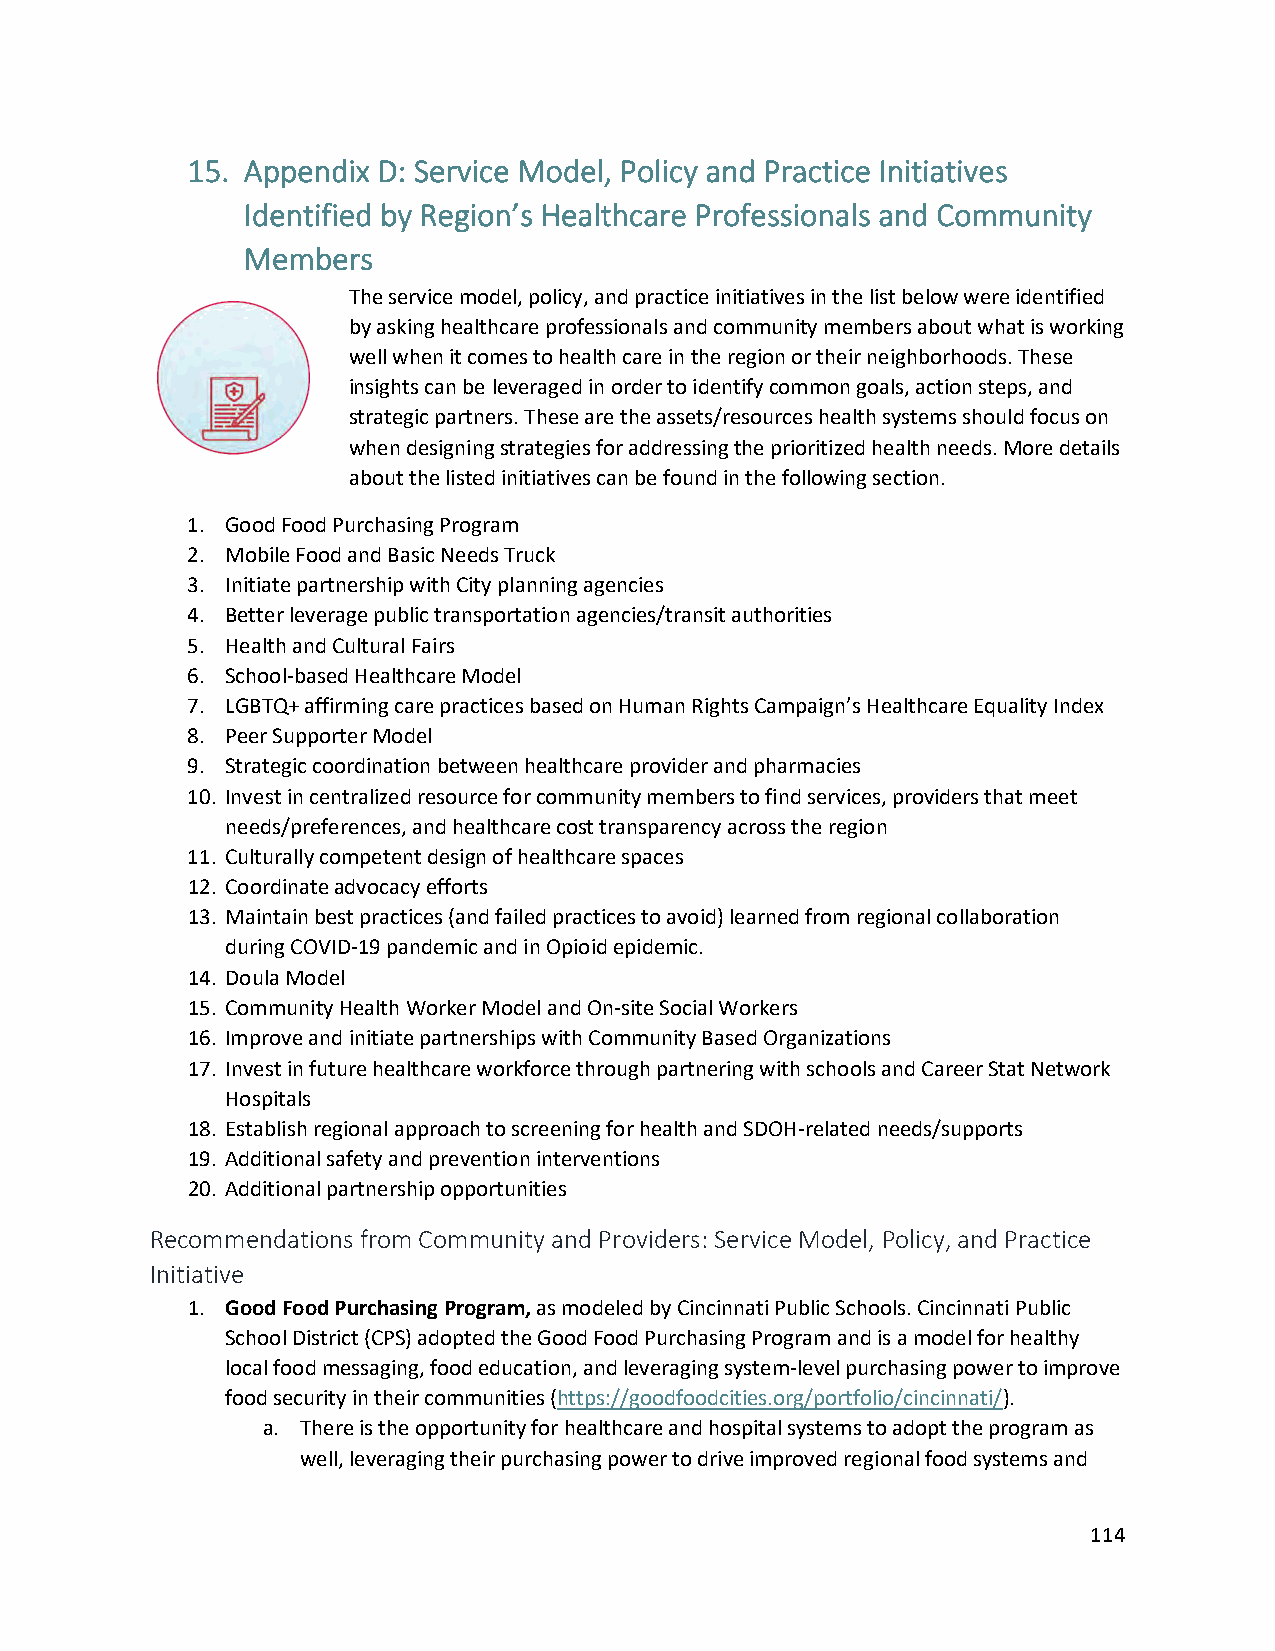
15. Appendix D: Service Model, Policy and Practice Initiatives
 Identified by Region’s Healthcare Professionals and Community
 Members
 The service model, policy, and practice initiatives in the list below were identified
 by asking healthcare professionals and community members about what is working
 well when it comes to health care in the region or their neighborhoods. These
 insights can be leveraged in order to identify common goals, action steps, and
 strategic partners. These are the assets/resources health systems should focus on
 when designing strategies for addressing the prioritized health needs. More details
 about the listed initiatives can be found in the following section.
 1. Good Food Purchasing Program
 2. Mobile Food and Basic Needs Truck
 3. Initiate partnership with City planning agencies
 4. Better leverage public transportation agencies/transit authorities
 5. Health and Cultural Fairs
 6. School-based Healthcare Model
 7. LGBTQ+ affirming care practices based on Human Rights Campaign’s Healthcare Equality Index
 8. Peer Supporter Model
 9. Strategic coordination between healthcare provider and pharmacies
 10. Invest in centralized resource for community members to find services, providers that meet
 needs/preferences, and healthcare cost transparency across the region
 11. Culturally competent design of healthcare spaces
 12. Coordinate advocacy efforts
 13. Maintain best practices (and failed practices to avoid) learned from regional collaboration
 during COVID-19 pandemic and in Opioid epidemic.
 14. Doula Model
 15. Community Health Worker Model and On-site Social Workers
 16. Improve and initiate partnerships with Community Based Organizations
 17. Invest in future healthcare workforce through partnering with schools and Career Stat Network
 Hospitals
 18. Establish regional approach to screening for health and SDOH-related needs/supports
 19. Additional safety and prevention interventions
 20. Additional partnership opportunities
 Recommendations from Community and Providers: Service Model, Policy, and Practice
 Initiative
 1. Good Food Purchasing Program, as modeled by Cincinnati Public Schools. Cincinnati Public
 School District (CPS) adopted the Good Food Purchasing Program and is a model for healthy
 local food messaging, food education, and leveraging system-level purchasing power to improve
 food security in their communities (https://goodfoodcities.org/portfolio/cincinnati/).
 a. There is the opportunity for healthcare and hospital systems to adopt the program as
 well, leveraging their purchasing power to drive improved regional food systems and
 114